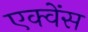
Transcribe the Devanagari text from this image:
एक्वेंस